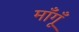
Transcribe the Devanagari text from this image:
माँगूँ